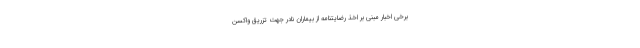
برخی اخبار مبنی بر اخذ رضایتنامه از بیماران نادر جهت تزریق واکسن